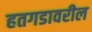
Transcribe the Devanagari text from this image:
हतगडावरील